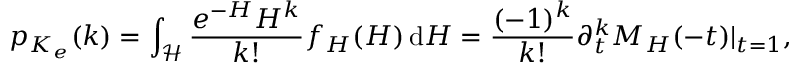
p _ { K _ { e } } ( k ) = \int _ { \mathcal H } \frac { e ^ { - H } H ^ { k } } { k ! } f _ { H } ( H ) \, \mathrm d H = \frac { ( - 1 ) ^ { k } } { k ! } \partial _ { t } ^ { k } M _ { H } ( - t ) | _ { t = 1 } ,